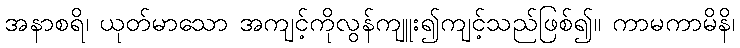
အနာစရိ၊ ယုတ်မာသော အကျင့်ကိုလွန်ကျူး၍ကျင့်သည်ဖြစ်၍။ ကာမကာမိနိ၊